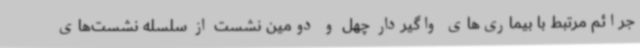
جرائم مرتبط با بیماری‌های واگیردار چهل و دومین نشست از سلسله نشست‌های